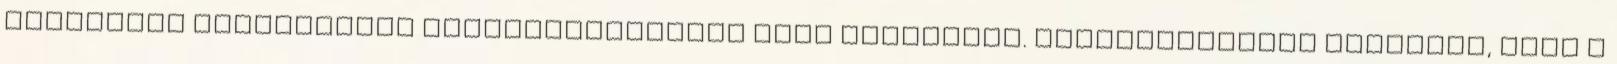
kizárólag látogatóink kezdeményezésére küld leveleket. Tájékoztatásul közöljük, hogy a